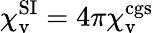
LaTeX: \chi_{\mathrm{v}}^{\mathrm{SI}}=4\pi\chi_{\mathrm{v}}^{\mathrm{cgs}}